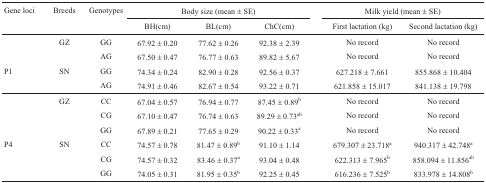
<table><thead><tr><td><b>Gene loci</b></td><td><b>Breeds</b></td><td><b>Genotypes</b></td><td colspan="3"><b>Body size (mean ± SE) </b></td><td>[EMPTY_CELL]</td><td colspan="2"><b>Milk yield (mean ± SE) </b></td></tr><tr><td>[EMPTY_CELL]</td><td>[EMPTY_CELL]</td><td>[EMPTY_CELL]</td><td><b>BH(cm)</b></td><td><b>BL(cm)</b></td><td><b>ChC(cm)</b></td><td>[EMPTY_CELL]</td><td><b>First lactation (kg)</b></td><td><b>Second lactation (kg)</b></td></tr></thead><tbody><tr><td>[EMPTY_CELL]</td><td>GZ</td><td>GG</td><td>67.92 ± 0.20</td><td>77.62 ± 0.26</td><td>92.38 ± 2.39</td><td>[EMPTY_CELL]</td><td>No record</td><td>No record</td></tr><tr><td>[EMPTY_CELL]</td><td>[EMPTY_CELL]</td><td>AG</td><td>67.50 ± 0.47</td><td>76.77 ± 0.63</td><td>89.82 ± 5.67</td><td>[EMPTY_CELL]</td><td>No record</td><td>No record</td></tr><tr><td>P1</td><td>SN</td><td>GG</td><td>74.34 ± 0.24</td><td>82.90 ± 0.28</td><td>92.56 ± 0.37</td><td>[EMPTY_CELL]</td><td>627.218 ± 7.661</td><td>855.868 ± 10.404</td></tr><tr><td>[EMPTY_CELL]</td><td>[EMPTY_CELL]</td><td>AG</td><td>74.91 ± 0.46</td><td>82.67 ± 0.54</td><td>93.22 ± 0.71</td><td>[EMPTY_CELL]</td><td>621.858 ± 15.017</td><td>841.138 ± 19.798</td></tr><tr><td>[EMPTY_CELL]</td><td>GZ</td><td>CC</td><td>67.04 ± 0.57</td><td>76.94 ± 0.77</td><td>87.45 ± 0.89<sup>b</sup></td><td>[EMPTY_CELL]</td><td>No record</td><td>No record</td></tr><tr><td>[EMPTY_CELL]</td><td>[EMPTY_CELL]</td><td>CG</td><td>67.10 ± 0.47</td><td>76.74 ± 0.63</td><td>89.29 ± 0.73<sup>ab</sup></td><td>[EMPTY_CELL]</td><td>No record</td><td>No record</td></tr><tr><td>[EMPTY_CELL]</td><td>[EMPTY_CELL]</td><td>GG</td><td>67.89 ± 0.21</td><td>77.65 ± 0.29</td><td>90.22 ± 0.33<sup>a</sup></td><td>[EMPTY_CELL]</td><td>No record</td><td>No record</td></tr><tr><td>P4</td><td>SN</td><td>CC</td><td>74.57 ± 0.78</td><td>81.47 ± 0.89<sup>b</sup></td><td>91.10 ± 1.14</td><td>[EMPTY_CELL]</td><td>679.307 ± 23.718<sup>a</sup></td><td>940.317 ± 42.748<sup>a</sup></td></tr><tr><td>[EMPTY_CELL]</td><td>[EMPTY_CELL]</td><td>CG</td><td>74.57 ± 0.32</td><td>83.46 ± 0.37<sup>a</sup></td><td>93.04 ± 0.48</td><td>[EMPTY_CELL]</td><td>622.313 ± 7.965<sup>b</sup></td><td>858.094 ± 11.856<sup>ab</sup></td></tr><tr><td>[EMPTY_CELL]</td><td>[EMPTY_CELL]</td><td>GG</td><td>74.05 ± 0.31</td><td>81.95 ± 0.35<sup>b</sup></td><td>92.25 ± 0.45</td><td>[EMPTY_CELL]</td><td>616.236 ± 7.525<sup>b</sup></td><td>833.978 ± 14.808<sup>b</sup></td></tr></tbody></table>